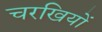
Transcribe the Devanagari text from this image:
चरखियों